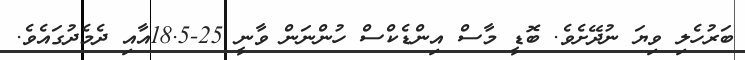
ބަރުހެލި ވިޔަ ނުދޭށެވެ. ބޮޑީ މާސް އިންޑެކްސް ހުންނަން ވާނީ 25-18.5އާއި ދެމެދުގައެވެ.